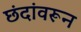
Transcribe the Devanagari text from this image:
छंदांवरून